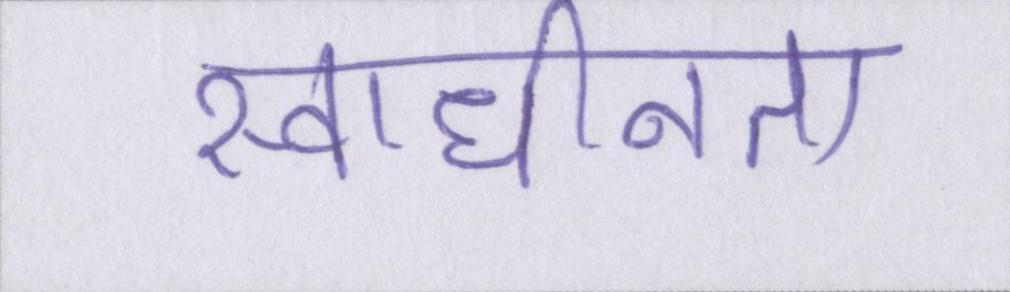
स्वाधीनता